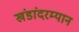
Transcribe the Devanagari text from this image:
खंडांदरम्यान